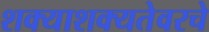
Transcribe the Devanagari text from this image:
शक्याशक्यतेवरचे